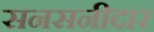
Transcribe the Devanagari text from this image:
सनसनीदार